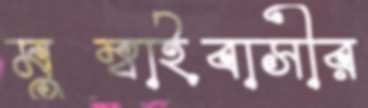
মুম্বাইবাসীর